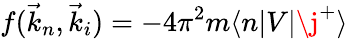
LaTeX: f(\vec{k}_{n},\vec{k}_{i})=-4\pi^{2}m\langle n\lvert V\lvert\j^{+}\rangle